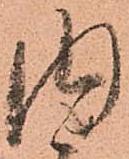
内